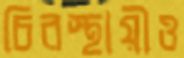
চিরস্থায়ীও